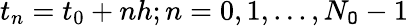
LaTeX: t_{n}=t_{0}+nh;n=0,1,...,N_{\mathtt{O}}-1